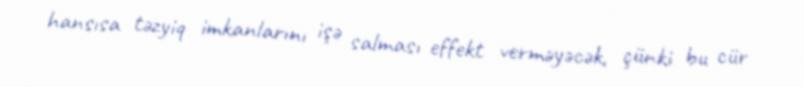
hansısa təzyiq imkanlarını işə salması effekt verməyəcək, çünki bu cür